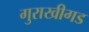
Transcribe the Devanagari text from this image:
गुराखीगड